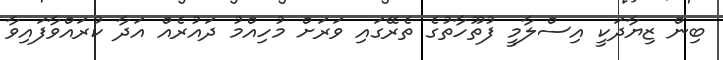
ބިން ޒިޔާދަކީ އިސްލާމީ ފުތޫހާތުގެ ތެރޭގައި ވަރަށް މުހިއްމު ދައުރެއް އަދާ ކުރައްވާފައިވާ